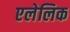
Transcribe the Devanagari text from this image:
एलेलिक